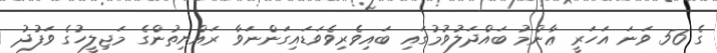
ގެ 56 ވަނަ އަހަރީ ޢާންމު ބައްދަލުވުމުގައި ބައިވެރިވެވަޑައިގަންނަވާ ރައްޔިތުންގެ މަޖިލީހުގެ ވަފުދު